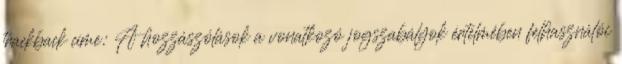
trackback címe: A hozzászólások a vonatkozó jogszabályok értelmében felhasználói